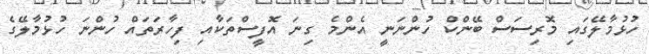
ހުޅުމާލޭގައި މޮރިސަސް ބޭންކް ހުންނަނީ އެންމެ ގިނަ އޮފީސްތަކާއި ފިހާރަތައް ހުންނަ ހުޅުމާލޭގެ